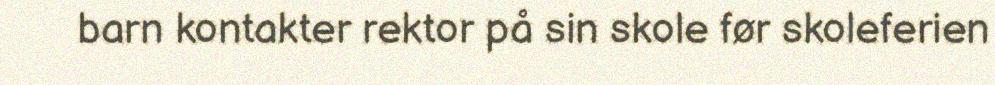
barn kontakter rektor på sin skole før skoleferien